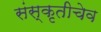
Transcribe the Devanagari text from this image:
संस्कृतीचेव